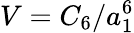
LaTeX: V=C_{6}/a_{1}^{6}